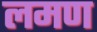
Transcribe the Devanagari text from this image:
लमण